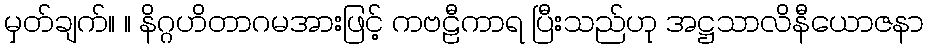
မှတ်ချက်။ ။ နိဂ္ဂဟိတာဂမအားဖြင့် ကဗဠီကာရ ပြီးသည်ဟု အဋ္ဌသာလိနီယောဇနာ